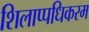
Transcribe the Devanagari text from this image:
शिलाप्पधिकरम